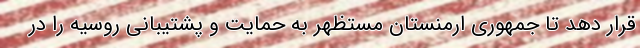
قرار دهد تا جمهوری ارمنستان مستظهر به حمایت و پشتیبانی روسیه را در